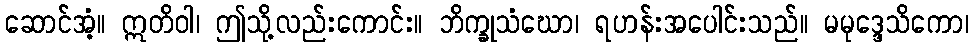
ဆောင်အံ့။ ဣတိဝါ၊ ဤသို့လည်းကောင်း။ ဘိက္ခုသံဃော၊ ရဟန်းအပေါင်းသည်။ မမုဒ္ဒေသိကော၊